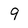
Character: 9